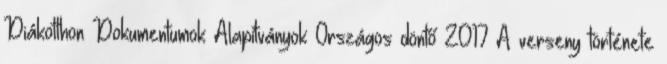
Diákotthon Dokumentumok Alapítványok Országos döntő 2017 A verseny története